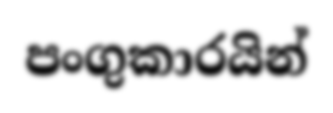
පංගුකාරයින්